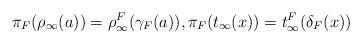
LaTeX: \begin{align*}\pi_F(\rho_\infty(a)) =\rho^F_\infty(\gamma_F(a)), \pi_F(t_\infty(x))=t^F_\infty( \delta_F(x) )\end{align*}